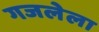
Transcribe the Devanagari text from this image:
गजलेला